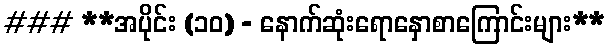
### **အပိုင်း (၁၀) - နောက်ဆုံးရောနှောစာကြောင်းများ**